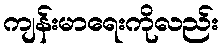
ကျန်းမာရေးကိုလည်း